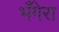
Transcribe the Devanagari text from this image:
भँगेरा